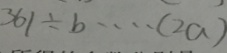
3 6 1 \div b \cdots ( 2 a )